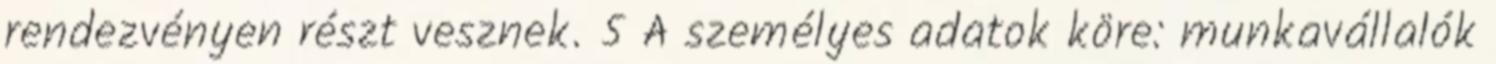
rendezvényen részt vesznek. 5 A személyes adatok köre: munkavállalók